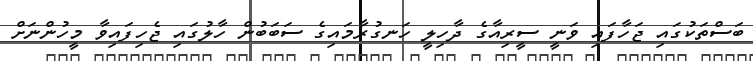
ބަސްތަކުގައި ޖަހާފައި ވަނީ ސީރިއާގެ ދާހިލީ ހަނގުރާމައިގެ ސަބަބުން ހާލުގައި ޖެހިފައިވާ މީހުންނަށް